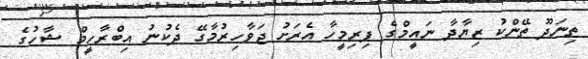
ތިނަދޫ ތޭންކު ޒިޔާދާ ނައީމްގެ ފިރިމީހާ އެރަށު ޖަވާހިރުމާގޭ ދެކުނު އިބްރާހީމް ޝާހުގެ